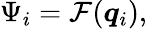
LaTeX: \begin{array}{r}{\Psi_{i}=\mathcal{F}(\boldsymbol{q}_{i}),}\end{array}